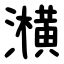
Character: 㶇